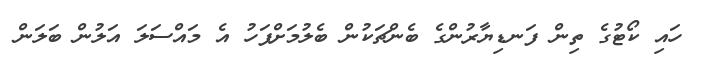
ހައި ކޯޓުގެ ތިން ފަނޑިޔާރުންގެ ބެންޗަކުން ބެލުމަށްފަހު އެ މައްސަލަ އަލުން ބަލަން